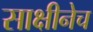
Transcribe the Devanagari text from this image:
साक्षीनेच